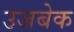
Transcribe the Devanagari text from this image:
उजबेक